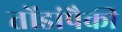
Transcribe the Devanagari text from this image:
तोंडांपैकी